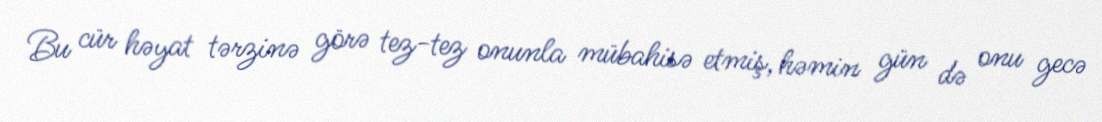
Bu cür həyat tərzinə görə tez-tez onunla mübahisə etmiş, həmin gün də onu gecə